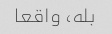
بله، واقعا